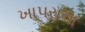
ખાપરાના